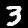
Label: 3